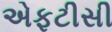
એફટીસી